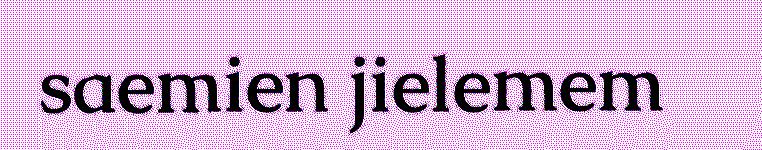
saemien jielemem